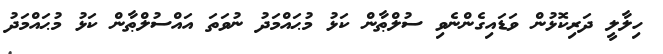
ހިލާލީ ދަރިކޮޅުން ވަޑައިގެންނެވި ސުލްޠާން ކަޅު މުޙައްމަދު ނުވަތަ އައްސުލްޠާން ކަޅު މުޙައްމަދު